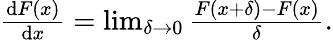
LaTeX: \begin{array}{r}{\frac{\mathrm{d}F(x)}{\mathrm{d}x}=\operatorname*{lim}_{\delta\to 0}\frac{F(x+\delta)-F(x)}{\delta}.}\end{array}